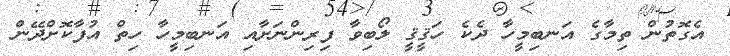
އެގޮތުން ތިމާގެ އަނބިމީހާ ދެކެ ހަޤީޤީ ލޯބިވާ ފިރިންނަށާއި އަނބިމީހާ ހިތް އުފާކޮށްދޭން